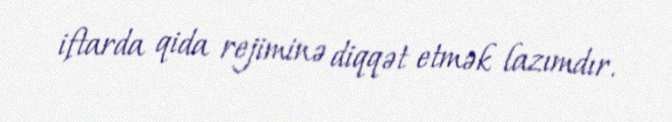
iftarda qida rejiminə diqqət etmək lazımdır.